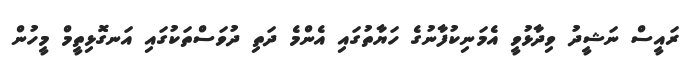
ރައީސް ނަޝީދު ވިދާޅުވީ އެމަނިކުފާނުގެ ހަޔާތުގައި އެންމެ ދަތި ދުވަސްތަކުގައި އަނގޮޅިތީމް މީހުން